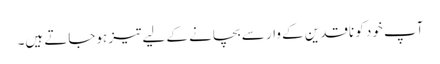
آپ خود کو ناقدین کے وار سے بچانے کے لیے تیز ہوجاتے ہیں۔